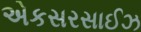
એકસરસાઈઝ